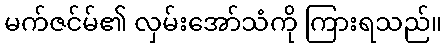
မက်ဇင်မ်၏ လှမ်းအော်သံကို ကြားရသည်။